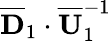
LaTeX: \overline{{\mathbf{D}}}_{1}\cdot\overline{{\mathbf{U}}}_{1}^{-1}